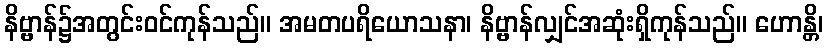
နိဗ္ဗာန်၌အတွင်းဝင်ကုန်သည်။ အမတပရိယောသနာ၊ နိဗ္ဗာန်လျှင်အဆုံးရှိကုန်သည်။ ဟောန္တိ၊